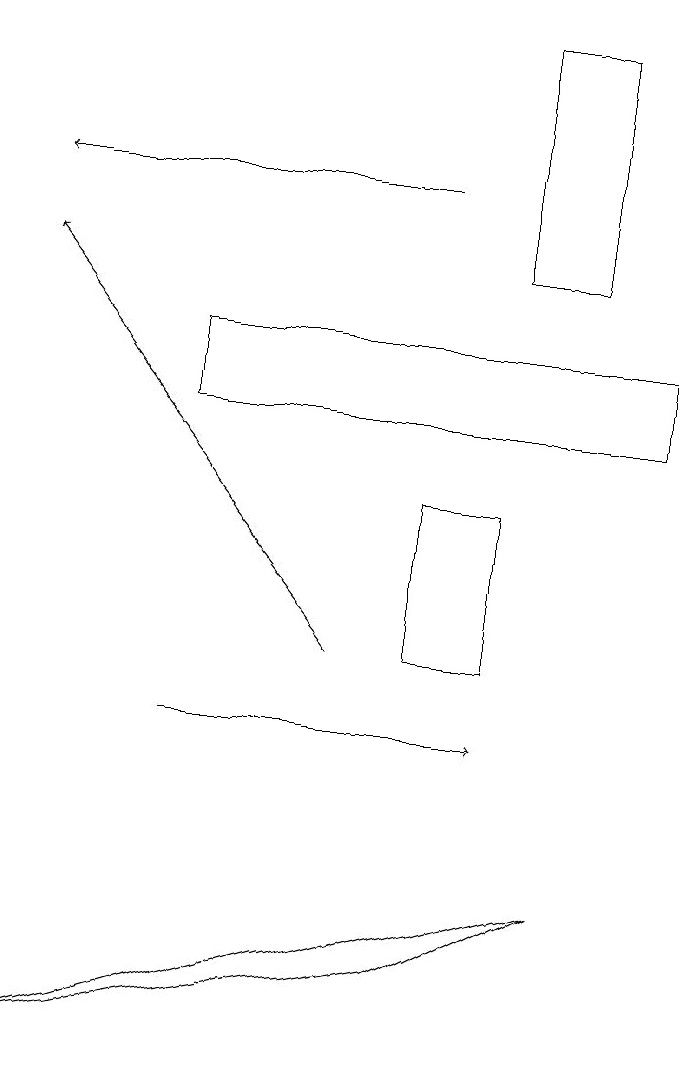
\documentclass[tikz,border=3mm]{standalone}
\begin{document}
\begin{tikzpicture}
\draw (6,13) rectangle (7,13);
\draw (3,14) rectangle (9,15);
\draw[->] (3,10) -- (7,10);
\draw (6,11) rectangle (7,13);
\draw (8,8) -- (6,7) -- (1,6) -- cycle;
\draw[->] (6,17) -- (1,17);
\draw[->] (5,11) -- (1,16);
\draw (7,16) rectangle (8,19);
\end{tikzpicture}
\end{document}